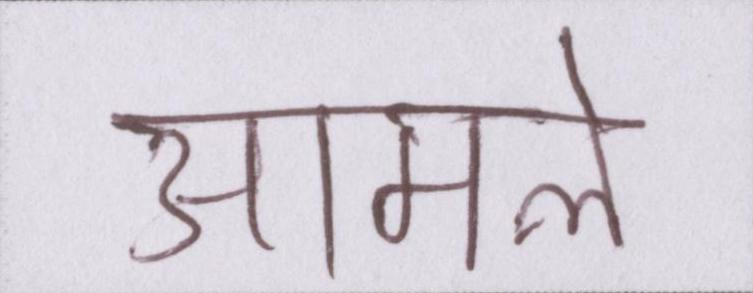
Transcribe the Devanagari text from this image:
आमले